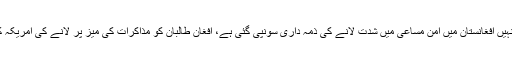
اکتوبر میں خطہ کے لیے مقرر کردہ امریکی صدر ڈونالڈ ٹرمپ کے خصوصی ایلچی نے، جنہیں افغانستان میں امن مساعی میں شدت لانے کی ذمہ داری سونپی گئی ہے، افغان طالبان کو مذاکرات کی میز پر لانے کی امریکہ کی از سر نو کوششوں کے ایک جزو کے طور پر پاکستانی قیادت سے کئی ملاقاتیں کی تھیں۔